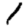
Digit: 1